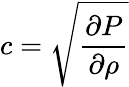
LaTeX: c=\sqrt{\frac{\partial P}{\partial\rho}}